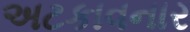
અટકાવનાર